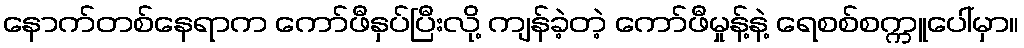
နောက်တစ်နေရာက ကော်ဖီနှပ်ပြီးလို့ ကျန်ခဲ့တဲ့ ကော်ဖီမှုန့်နဲ့ ရေစစ်စက္ကူပေါ်မှာ။